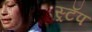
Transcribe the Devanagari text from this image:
स्र्टॅप